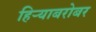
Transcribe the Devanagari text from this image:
हिर्‍याबरोबर